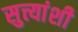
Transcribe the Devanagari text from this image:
सुत्त्यांशी